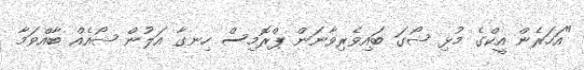
"އަހަރެން އީކްގެ މުޅި ޝޯގަ ބައިވެރިވާނަން ޕްރޮމިސް ހިނގާ އަލުން ޝޯއެއް ބާއްވަމާ